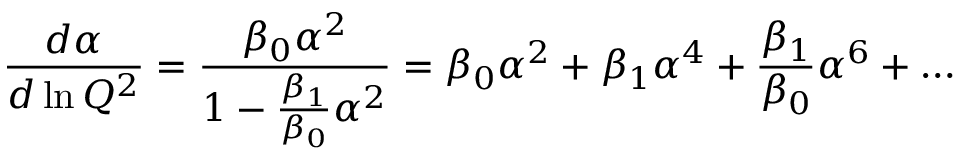
{ \frac { d \alpha } { d \ln Q ^ { 2 } } } = { \frac { \beta _ { 0 } \alpha ^ { 2 } } { 1 - { \frac { \beta _ { 1 } } { \beta _ { 0 } } } \alpha ^ { 2 } } } = \beta _ { 0 } \alpha ^ { 2 } + \beta _ { 1 } \alpha ^ { 4 } + { \frac { \beta _ { 1 } } { \beta _ { 0 } } } \alpha ^ { 6 } + \dots